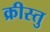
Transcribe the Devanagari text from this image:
क्रीस्तु